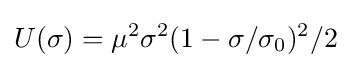
U(\sigma )=\mu ^{2}\sigma ^{2}(1-\sigma /\sigma _{0})^{2}/2